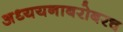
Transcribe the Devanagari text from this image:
अध्ययनाबरोबरच